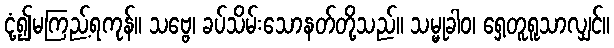
ငုံ့၍မကြည့်ရကုန်။ သဗ္ဗေ၊ ခပ်သိမ်းသောနတ်တို့သည်။ သမ္မုခါဝ၊ ရှေ့တူရူသာလျှင်။